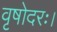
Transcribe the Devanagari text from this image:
वृषोदरः।